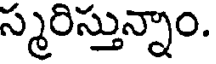
స్మరిస్తున్నాం.